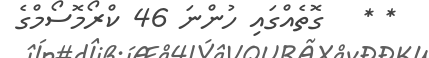
* *   ގޮތެއްގައި ހުންނަ 46 ކްރޯމޮސޯމްގެ